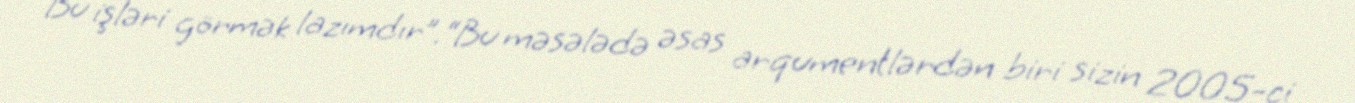
Bu işləri görmək lazımdır”.“Bu məsələdə əsas arqumentlərdən biri sizin 2005-ci